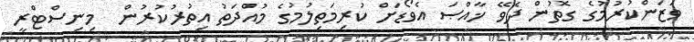
ވަޒަންކުރުމުގެ ގޮތުން ދެވޭ ޚާއްޞަ އެވޯޑަށް ކުރިމަތިލުމުގެ މުއްދަތު އިތުރުކުރުން  މިނިސްޓްރީ